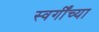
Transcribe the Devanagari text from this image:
स्वर्गींच्या